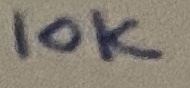
Text: 10K